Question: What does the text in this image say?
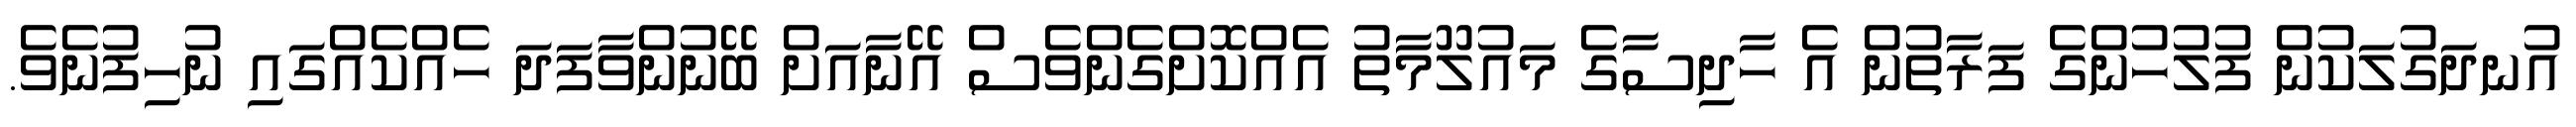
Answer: އުނދަގުލަކުން ފުލުހުންގެ ފަރާތުން އެ ހާދިސާގެ މައުލޫމާތު އެއްކޮށްގެންވެސް އޭނާއަށް ބޭނުންވާފަދަ ހެއްކެއްގައި ނުހިފުނެވެ.